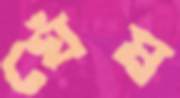
ঘেঁষ